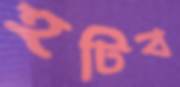
হটিব